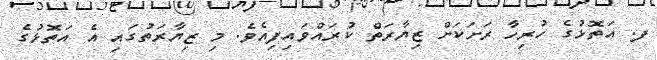
ފ. އަތޮޅުގެ ހުރިހާ ރަށަކަށް ޒިޔާރަތް ކުރައްވައިފިއެވެ. މި ޒިޔާރަތުގައި އެ އަތޮޅުގެ